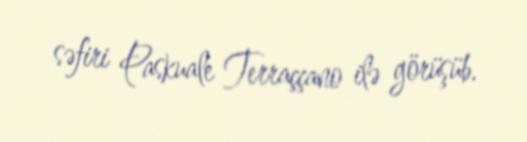
səfiri Paskuale Terraççano ilə görüşüb.